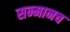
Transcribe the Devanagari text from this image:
सन्मानच